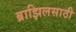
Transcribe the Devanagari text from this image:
ब्राझिलसाठी